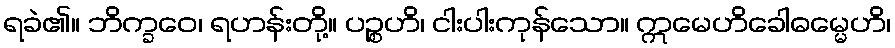
ရခဲ၏။ ဘိက္ခဝေ၊ ရဟန်းတို့။ ပဉ္စဟိ၊ ငါးပါးကုန်သော။ ဣမေဟိခေါဓမ္မေဟိ၊